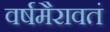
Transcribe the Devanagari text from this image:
वर्षमैरावतं